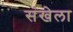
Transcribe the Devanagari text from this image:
संखेला